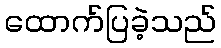
ထောက်ပြခဲ့သည်